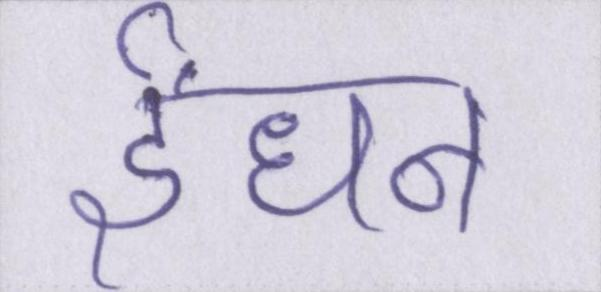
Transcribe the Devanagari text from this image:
ईंधन